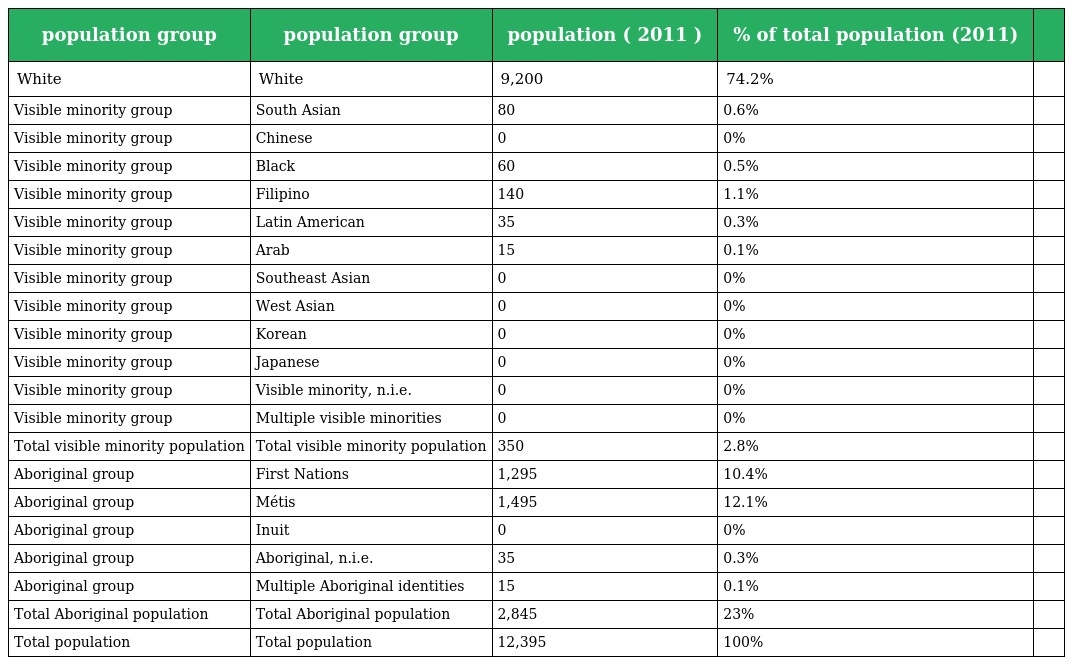
| population group | population group | population ( 2011 ) | % of total population (2011) |  |
 | --- | --- | --- | --- | --- |
 | White | White | 9,200 | 74.2% |  |
 | Visible minority group | South Asian | 80 | 0.6% |  |
 | Visible minority group | Chinese | 0 | 0% |  |
 | Visible minority group | Black | 60 | 0.5% |  |
 | Visible minority group | Filipino | 140 | 1.1% |  |
 | Visible minority group | Latin American | 35 | 0.3% |  |
 | Visible minority group | Arab | 15 | 0.1% |  |
 | Visible minority group | Southeast Asian | 0 | 0% |  |
 | Visible minority group | West Asian | 0 | 0% |  |
 | Visible minority group | Korean | 0 | 0% |  |
 | Visible minority group | Japanese | 0 | 0% |  |
 | Visible minority group | Visible minority, n.i.e. | 0 | 0% |  |
 | Visible minority group | Multiple visible minorities | 0 | 0% |  |
 | Total visible minority population | Total visible minority population | 350 | 2.8% |  |
 | Aboriginal group | First Nations | 1,295 | 10.4% |  |
 | Aboriginal group | Métis | 1,495 | 12.1% |  |
 | Aboriginal group | Inuit | 0 | 0% |  |
 | Aboriginal group | Aboriginal, n.i.e. | 35 | 0.3% |  |
 | Aboriginal group | Multiple Aboriginal identities | 15 | 0.1% |  |
 | Total Aboriginal population | Total Aboriginal population | 2,845 | 23% |  |
 | Total population | Total population | 12,395 | 100% |  |